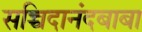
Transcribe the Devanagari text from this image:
सच्चिदानंदबाबा